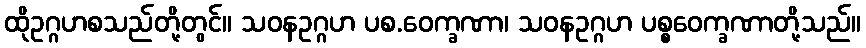
ထိုဥဂ္ဂဟစသည်တို့တွင်။ သဝနဥဂ္ဂဟ ပစ.ဝေက္ခဏာ၊ သဝနဥဂ္ဂဟ ပစ္စဝေက္ခဏာတို့သည်။